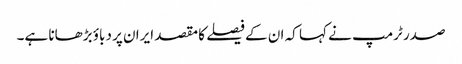
صدر ٹرمپ نے کہا کہ ان کے فیصلے کا مقصد ایران پر دباؤ بڑھانا ہے۔